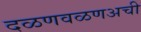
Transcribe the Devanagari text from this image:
दळणवळणअची